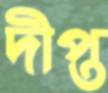
দীপ্ত